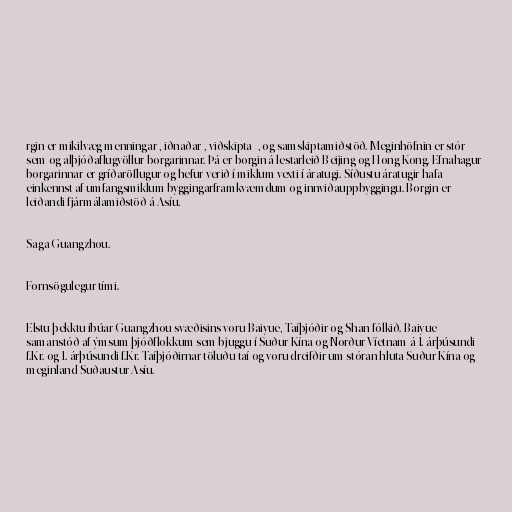
rgin er mikilvæg menningar-, iðnaðar-, viðskipta -, og samskiptamiðstöð. Meginhöfnin er stór
sem og alþjóðaflugvöllur borgarinnar. Þá er borgin á lestarleið Beijing og Hong Kong. Efnahagur
borgarinnar er gríðaröflugur og hefur verið í miklum vexti í áratugi. Síðustu áratugir hafa
einkennst af umfangsmiklum byggingarframkvæmdum og innviðauppbyggingu. Borgin er
leiðandi fjármálamiðstöð á Asíu.

Saga Guangzhou.

Fornsögulegur tími.

Elstu þekktu íbúar Guangzhou-svæðisins voru Baiyue, Taíþjóðir og Shan fólkið. Baiyue
samanstóð af ýmsum þjóðflokkum sem bjuggu í Suður-Kína og Norður-Víetnam á 1. árþúsundi
f.Kr. og 1. árþúsundi f.Kr. Taíþjóðirnar töluðu taí og voru dreifðir um stóran hluta Suður-Kína og
meginland Suðaustur-Asíu.